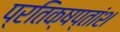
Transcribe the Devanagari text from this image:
प्रतिक्षप्तांश